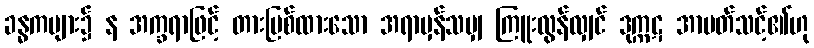
ခန္ဓကများ၌ န အက္ခရာဖြင့် တားမြစ်ထားသော အရာမှန်သမျှ ကြူးလွန်လျှင် ဒုက္ကဋ အာပတ်သင့်၏ဟု